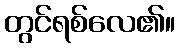
တွင်ရစ်လေ၏။